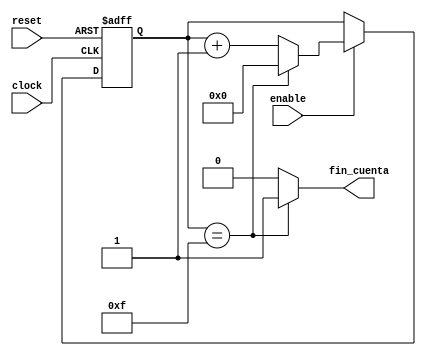
/** @package 

        contador_generico.v
        
        Copyright(c) DIE 2000
        
        Author: RAFAEL GADEA GIRONES
        Created on: 25/02/2004 15:48:49
	Last change: raf 25/02/2004 18:10:04
*/
module contador_generico(clock,reset,enable, fin_cuenta);


parameter modulo=16;
localparam  width_counter = clogb2(modulo-1);
localparam  [width_counter-1:0] modulo_good= modulo-1;

input clock; //seal de reloj
input reset; //reset asincrono

input enable;
output fin_cuenta;


reg [width_counter-1:0] cuenta;

assign fin_cuenta=(cuenta==modulo_good)?1'b1:1'b0;
always @(posedge clock or negedge reset)
if (!reset)
        cuenta<=0;
else
	if (enable)
		if (cuenta==modulo_good)
			cuenta<=0;
		else
			cuenta<=(cuenta+1'b1);


function integer clogb2 ;
input [31:0] value ; 

for (clogb2=0; value > 0; clogb2=clogb2+1) 
value = value >> 1 ; 
endfunction 
endmodule